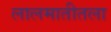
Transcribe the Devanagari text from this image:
लालमातीतला